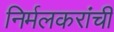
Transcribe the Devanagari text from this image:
निर्मलकरांची